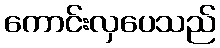
ကောင်းလှပေသည်